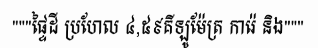
"""ផ្ទៃដី ប្រហែល ៤,៥៩គីឡូម៉ែត្រ ការ៉េ និង"""